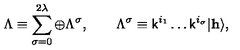
\Lambda \equiv \sum _ { \sigma = 0 } ^ { 2 \lambda } \oplus \Lambda ^ { \sigma } , \qquad \Lambda ^ { \sigma } \equiv { \sf k } ^ { i _ { 1 } } \ldots { \sf k } ^ { i _ { \sigma } } | { \bf h } \rangle ,